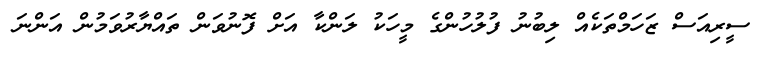
ސީރިއަސް ޒަހަމްތަކެއް ލިބުނު ފުލުހުންގެ މީހަކު ލަންކާ އަށް ފޮނުވަން ތައްޔާރުވަމުން އަންނަ